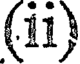
(11)